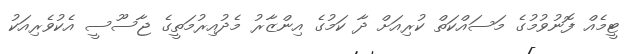
ޓީމެއް ފޮނުވުމުގެ މަސައްކަތް ކުރިއަށް ދާ ކަމުގެ އިންޒާރު މެދުއިރުމަތީގެ ޖާސޫސީ އެކުވެރިއަކު